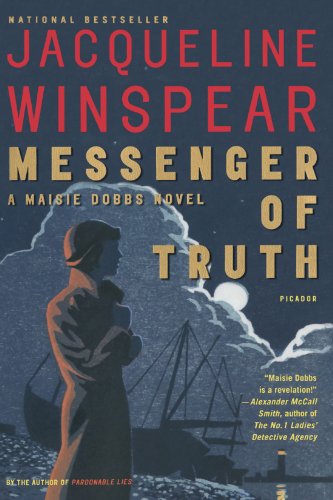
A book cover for Messenger of Truth: A Maisie Dobbs Novel (Maisie Dobbs Novels); Jacqueline Winspear; Mystery, Thriller & Suspense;